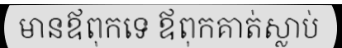
មានឪពុកទេ ឪពុកគាត់ស្លាប់